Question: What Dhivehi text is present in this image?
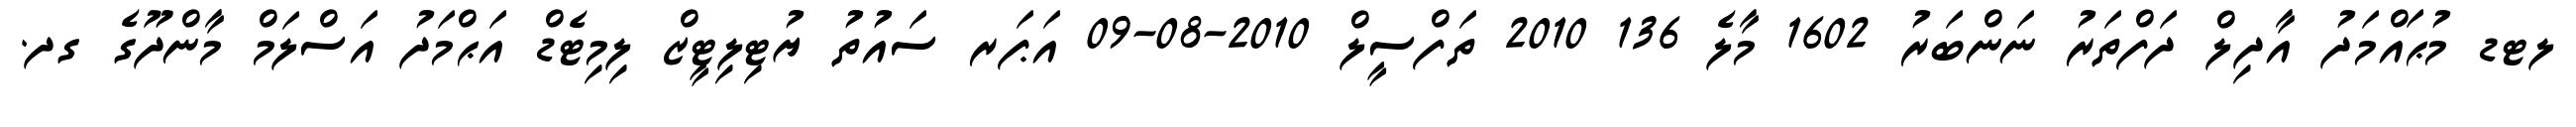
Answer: ލޓޑ މުޙައްމަދު އާދިލް ދަފްތަރު ނަންބަރު 1602 މާލެ 136 2010 ތަފްސީލް 2010-08-09 އަޕަރ ސައުތު ޔުޓިލިޓީޒް ލިމިޓެޑް އަޙްމަދު އަސްލަމް މާންދޫގެ ގދ.